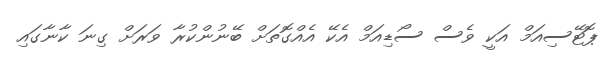
ޕޮޓޭސިއަމް އަކީ ވެސް ސޯޑިއަމް އެކޭ އެއްގޮތަށް ބޭނުންކުރާ ވަރަށް ގިނަ ކާނާގައި